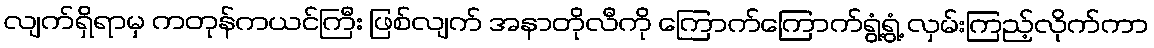
လျက်ရှိရာမှ ကတုန်ကယင်ကြီး ဖြစ်လျက် အနာတိုလီကို ကြောက်ကြောက်ရွံ့ရွံ့ လှမ်းကြည့်လိုက်ကာ